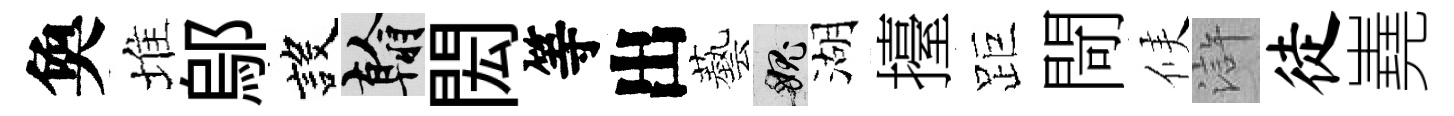
奐堆鄔設翰閎等出藝愧湖擡距閜候滸徒嶤